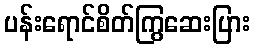
ပန်းရောင်စိတ်ကြွဆေးပြား